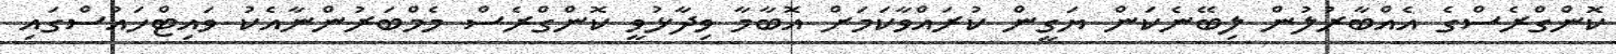
ކޮންގްރެސްގެ އެއްބާރުލުން ލިބޭނެކަން ޔަގީން ކުރައްވާކަމަށް އޮބާމާ ވިދާޅުވީ ކޮންގްރެސް މެމްބަރުންނާއެކު ވައިޓްހައުސްގައި